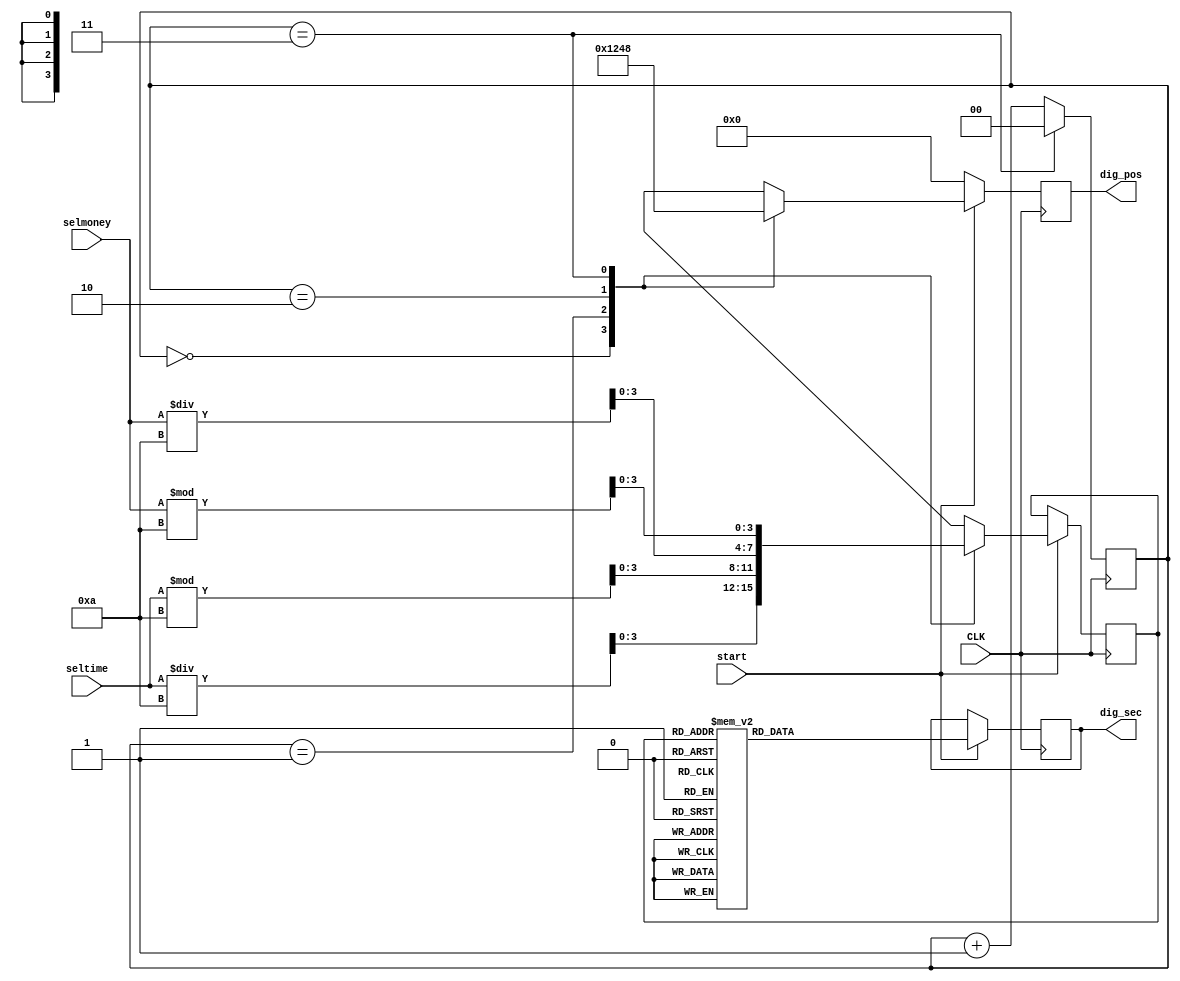
module display(CLK,start,seltime,selmoney,dig_pos,dig_sec);
input CLK;
input start;
input [6:0] seltime,selmoney;
output reg [3:0] dig_pos;
output reg [6:0] dig_sec;

reg [1:0] state;
reg [3:0] dig_num;

always @ (posedge CLK)
begin 
	state <= state + 1;
	if(state == 2'b11) state <= 2'b0;
end

always @(posedge CLK)
begin 
	if(start == 0)
	begin
		dig_pos <= 4'b0000;
	end
	else
	begin
	case(state)
		2'b00:
		begin
			dig_pos<=4'b0001;
			dig_num<=seltime/10;
		end
		2'b01:
		begin
			dig_pos<=4'b0010;
			dig_num<=seltime%10;
		end
		2'b10:
		begin
			dig_pos<=4'b0100;
			dig_num<=selmoney/10;
		end
		2'b11:
		begin
			dig_pos<=4'b1000;
			dig_num<=selmoney%10;
		end
		default:
		begin
			dig_pos<=4'b0001;
			dig_num<=0;
		end
		endcase
	end
end

always @(posedge CLK)
begin
	if(start != 0)
	begin
	case(dig_num)
	4'd0:
		dig_sec <= 7'b0111111;
	4'd1:
		dig_sec <= 7'b0000110;
	4'd2:
		dig_sec <= 7'b1011011;
	4'd3:
		dig_sec <= 7'b1001111;
	4'd4:
		dig_sec <= 7'b1100110;
	4'd5:
		dig_sec <= 7'b1101101;
	4'd6:
		dig_sec <= 7'b1111101;
	4'd7:
		dig_sec <= 7'b0000111;
	4'd8:
		dig_sec <= 7'b1111111;
	4'd9:
		dig_sec <= 7'b1100111;
	default:
		dig_sec <= 7'b0000000;
	endcase
end
end

	
endmodule